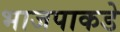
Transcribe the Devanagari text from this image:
भाजपाकडे